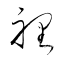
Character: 裡